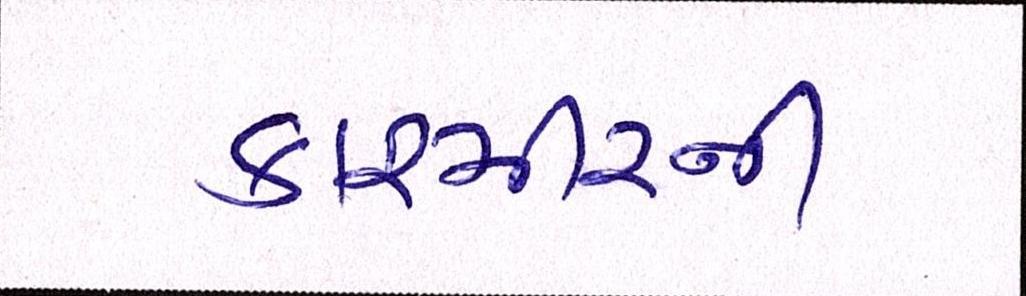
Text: કાશ્મીરની